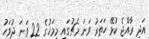
އަދި ރާއްޖެ ކުޅޭ ހަތަރު ވަނަ މެޗުގައި މިމަހުގެ 22 ވަނަ ދުވަހު